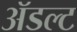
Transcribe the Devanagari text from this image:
ॲडल्ट